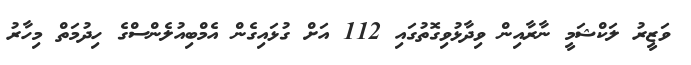
ވަޒީރު ލަކްޝަމީ ނާރާއިން ވިދާޅުވިގޮތުގައި 112 އަށް ގުޅައިގެން އެމްބިއުލެންސްގެ ހިދުމަތް މިހާރު